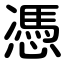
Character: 憑